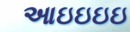
આઇઇઇઇ